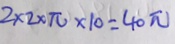
2 \times 2 \times \pi \times 1 0 = 4 0 \pi